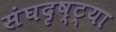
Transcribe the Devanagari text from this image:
संघदृष्ट्या